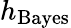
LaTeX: h_{\mathrm{Bayes}}